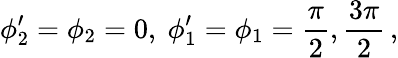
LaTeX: \phi_{2}^{\prime}=\phi_{2}=0,\ \phi_{1}^{\prime}=\phi_{1}={\frac{\pi}{2}},{\frac{3\pi}{2}}\, ,